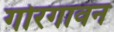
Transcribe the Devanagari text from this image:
गोरगावन